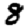
Digit: 8